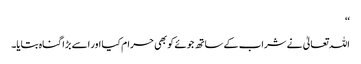
‘‘
اللہ تعالیٰ نے شراب کے ساتھ جوئے کو بھی حرام کیا اور اسے بڑا گناہ بتایا۔